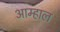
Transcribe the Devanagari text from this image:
आम्हाल